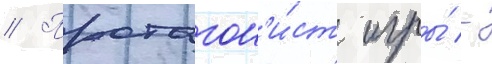
// Протагон'и́ст игры́ -